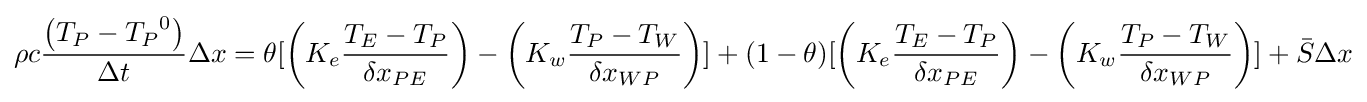
\rho c{\frac {\left(T_{P}-{T_{P}}^{0}\right)}{\Delta t}}\Delta x=\theta [\left(K_{e}{\frac {T_{E}-T_{P}}{\delta x_{PE}}}\right)-\left(K_{w}{\frac {T_{P}-T_{W}}{\delta x_{WP}}}\right)]+(1-\theta )[\left(K_{e}{\frac {T_{E}-T_{P}}{\delta x_{PE}}}\right)-\left(K_{w}{\frac {T_{P}-T_{W}}{\delta x_{WP}}}\right)]+{\bar {S}}\Delta x